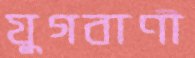
যুগবাণী